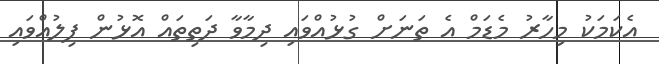
އެކަމަކު މިހާރު މެޑަމް އެ ތަނަށް ގުޅުއްވައި ދިމާވާ ދަތިތައް އޮޅުން ފިލުއްވައި